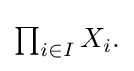
{\textstyle \prod _{i\in I}X_{i}.}